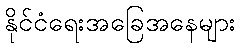
နိုင်ငံရေးအခြေအနေများ